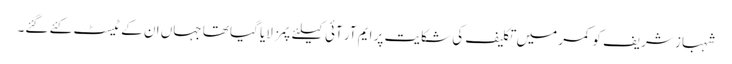
شہباز شریف کو کمر میں تکلیف کی شکایت پر ایم آر آئی کیلئے پمز لایا گیا تھا جہاں ان کے ٹیسٹ کئے گئے۔